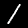
Label: 1